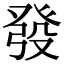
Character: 發